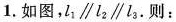
1.如图,l_{1}\parallel l_{2}\parallel l_{3}.则: